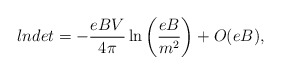
\begin{align*}lndet = - \frac{eBV}{4\pi} \ln\left(\frac{eB}{m^2}\right) + O(eB),\end{align*}